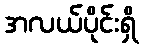
အလယ်ပိုင်းရှိ